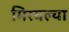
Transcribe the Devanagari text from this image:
मिरवल्या